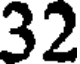
32